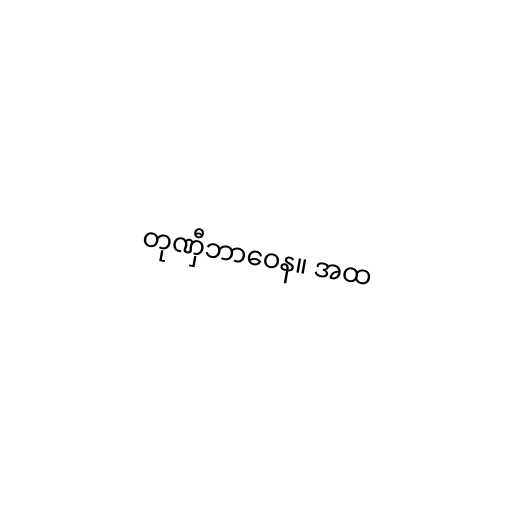
တုဏှီဘာဝေန။ အထ